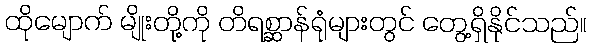
ထိုမျောက် မျိုးတို့ကို တိရစ္ဆာန်ရုံများတွင် တွေ့ရှိနိုင်သည်။